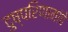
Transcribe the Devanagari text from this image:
दुष्परिणामांचे